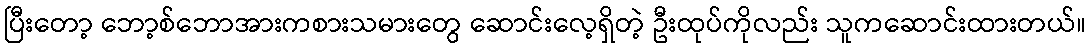
ပြီးတော့ ဘော့စ်ဘောအားကစားသမားတွေ ဆောင်းလေ့ရှိတဲ့ ဦးထုပ်ကိုလည်း သူကဆောင်းထားတယ်။